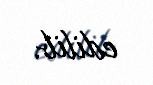
edilib.